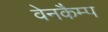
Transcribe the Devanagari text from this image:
वेनकैम्प